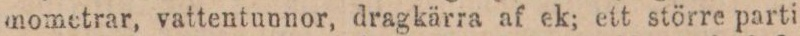
mometrar, vattentunnor, dragkärra af ek; ett större parti